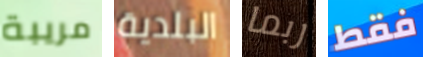
مريبة البلدية ربما فقط